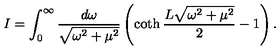
I = \int _ { 0 } ^ { \infty } \frac { d \omega } { \sqrt { \omega ^ { 2 } + \mu ^ { 2 } } } \left( \coth \frac { L \sqrt { \omega ^ { 2 } + \mu ^ { 2 } } } 2 - 1 \right) .